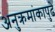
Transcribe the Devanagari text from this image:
अनुक्रमांकापुढे